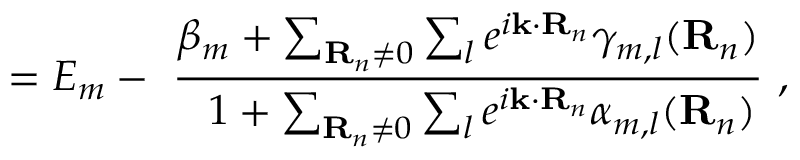
= E _ { m } - \ { \frac { \beta _ { m } + \sum _ { \mathbf { R } _ { n } \neq 0 } \sum _ { l } e ^ { i \mathbf { k } \cdot \mathbf { R } _ { n } } \gamma _ { m , l } ( \mathbf { R } _ { n } ) } { \ \ 1 + \sum _ { \mathbf { R } _ { n } \neq 0 } \sum _ { l } e ^ { i \mathbf { k } \cdot \mathbf { R } _ { n } } \alpha _ { m , l } ( \mathbf { R } _ { n } ) } } \ ,